Eestimaa_Kommunistliku_Partei_Keskkomitee, lk 101
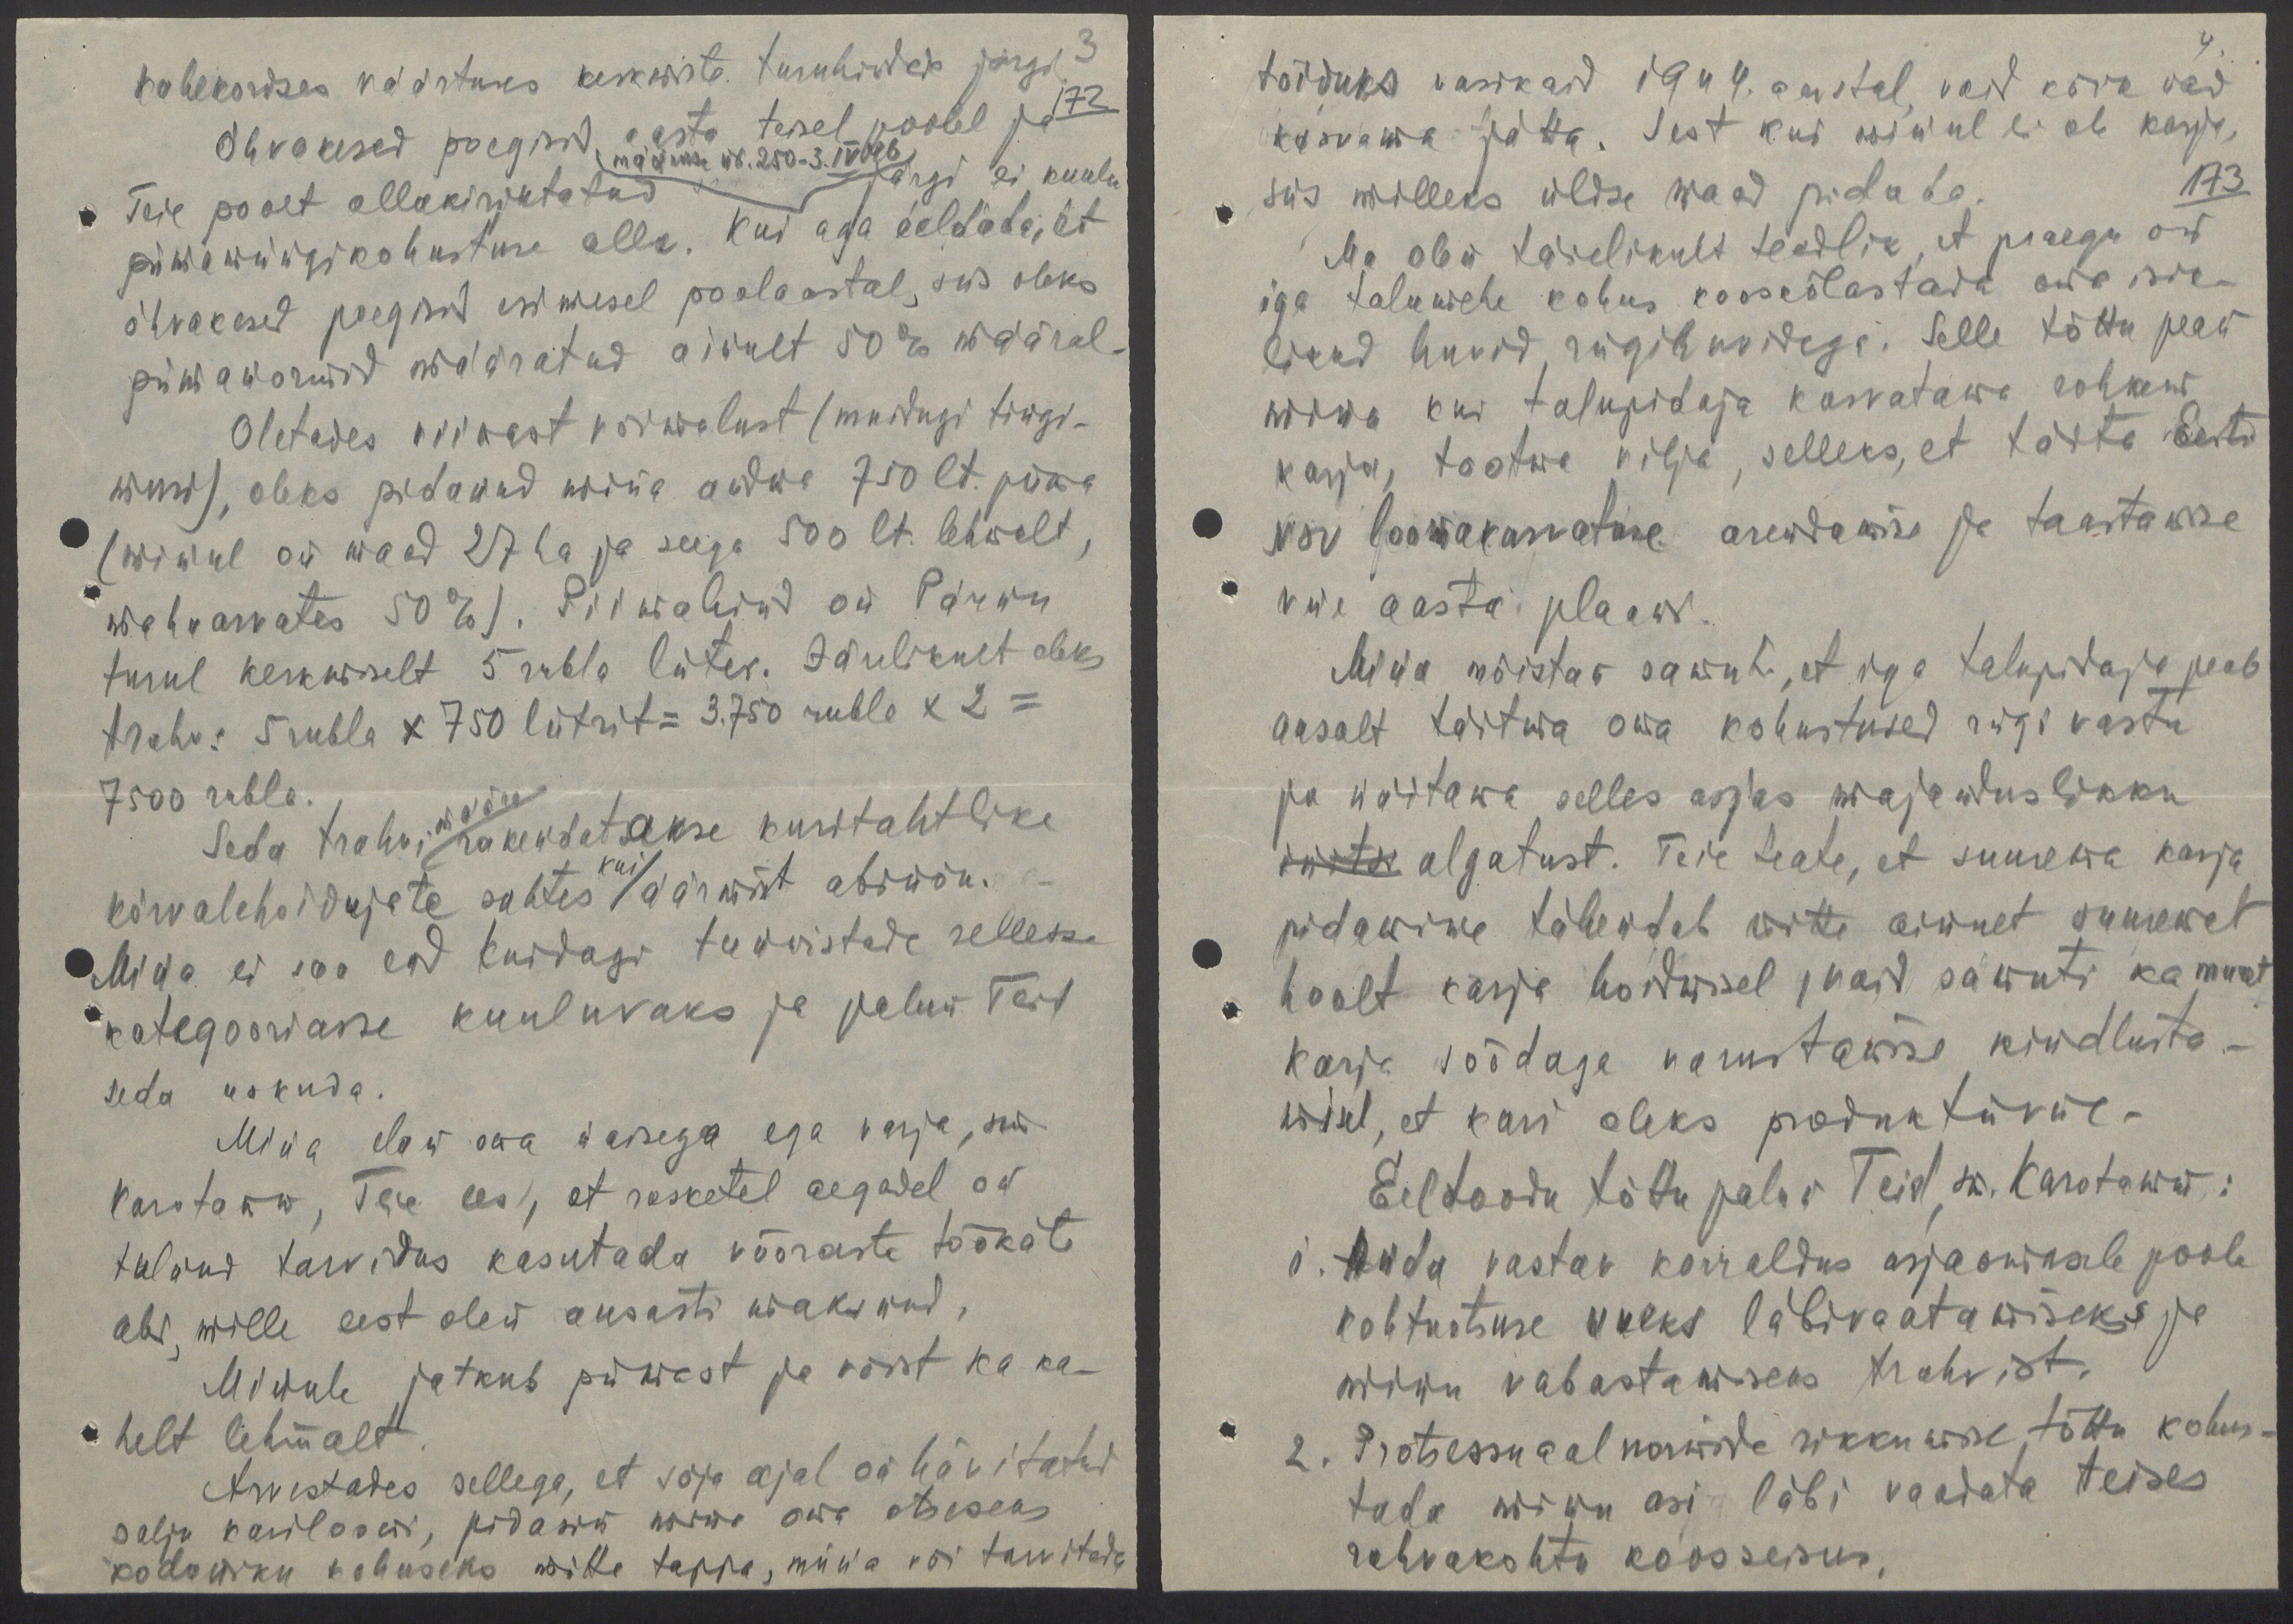
kahekordses väärtuses keskmiste turuhindade järgi 3
Õhvakesed poegisid aasta teisel poolel ja 172
Teie poolt allakirjutatud järgi ei kuulu
määruse nr. 250-3.IV 46
piimamüügikohustuse alla. Kui aga eeldada et
õhvakesed poegisid esimesel poolaastal, siis oleks
piimanormid määratud ainult 50% määral.
Oletades viimast võimalust (muidugi tingi-
musi), oleks pidanud mina andma 750 lt. piima
(minul on maad 27 ha ja seega 500 lt. lehmalt
mahaarvates 50 %). Piimahind on Pärnu
turul keskmiselt 5 rubla liiter. Järelikult oleks
trahv: 5 rubla x 750 liitrit = 3.750 rubla x 2 =
7500 rubla.
Seda trahvimäära rakendatakse kuritahtlike
kõrvalehoidujate suhtes kui äärmist abinõu.
Mina ei saa end kuidagi tunnistada sellesse
kategooriasse kuuluvaks ja palun Teil
seda uskuda.
Mina elan oma naisega ega varja, sm.
Karotamm, Teie ees, et rasketel aegadel on
tulnud tarvidus kasutada võõraste töökäte
abi, mille eest olen ausasti maksnud,
Minule jatkub piimast ja võist ka ka-
helt lehmalt
Arvestades sellega, et sõja ajal on hävitatud
palju kariloomi, pidasin mina oma otseseks
kodaniku kohuseks mitte tappa, müüa või tarvitada

toiduks vasikaid 1944. aastal, vaid kõik nad
kasvama jätta. Sest kui minul ei ole karja,
siis milleks üldse maad pidada. 173
Ma olen täielikult teadlik, et praegu on
iga talumehe kohus kooskõlastada oma isik-
likud huvid riigihuvidega. Selle tõttu pean
mina kui talupidaja kasvatama rohkem
karja, tootma vilja, selleks, et täita Eesti
NSV loomakasvatuse arendamise ja taastamise
viie aasta plaani.
Mina mõistan samuti, et iga talupidaja peab
ausalt täitma oma kohustused riigi vastu
ja näitama selles asjas majanduslikku
initsi algatust. Teie teate, et suurema karja
pidamine tähendab mitte ainult suuremat
hoolt karja hoidmisel, vaid samuti ka muret
karja söödaga varustamise kindlusta-
misel, et kari oleks produktiivne.
Eeltoodu tõttu palun Teid sm. Karotamm:
1. Anda vastav korraldus asjaomasele poole
kohtuotsuse uueks läbivaatamiseks ja
minu vabastamiseks trahvist.
2. Protsessuaalnormide rikkumise tõttu kohus-
tada minu asi läbi vaadata teises
rahvakohtu koosseisus.